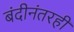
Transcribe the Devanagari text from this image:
बंदीनंतरही